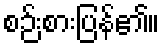
စဉ်းစားပြန်၏။